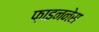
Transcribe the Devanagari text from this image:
फ़ाइननेस